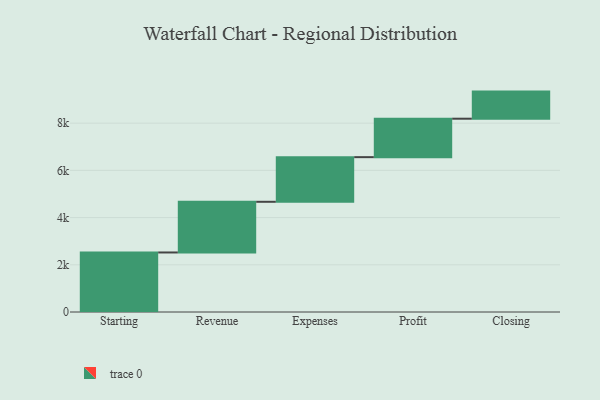
{"axis": {"x": "Step", "y": "Value"}, "legend": [""], "data": [{"x": "Starting", "y": 2522.0, "type": ""}, {"x": "Revenue", "y": 2147.0, "type": ""}, {"x": "Expenses", "y": 1891.0, "type": ""}, {"x": "Profit", "y": 1629.0, "type": ""}, {"x": "Closing", "y": 1148.0, "type": ""}]}